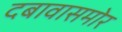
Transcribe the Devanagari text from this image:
दबावासमोर